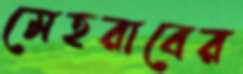
মেহরাবের